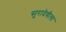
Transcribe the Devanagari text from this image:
सुरादेवीला